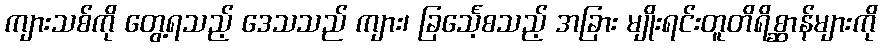
ကျားသစ်ကို တွေ့ရသည့် ဒေသသည် ကျား၊ ခြင်္သေ့စသည့် အခြား မျိုးရင်းတူတိရိစ္ဆာန်များကို